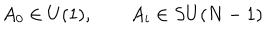
A _ { 0 } \in U ( 1 ) , \qquad A _ { i } \in S U ( N - 1 )